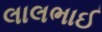
લાલભાઈ